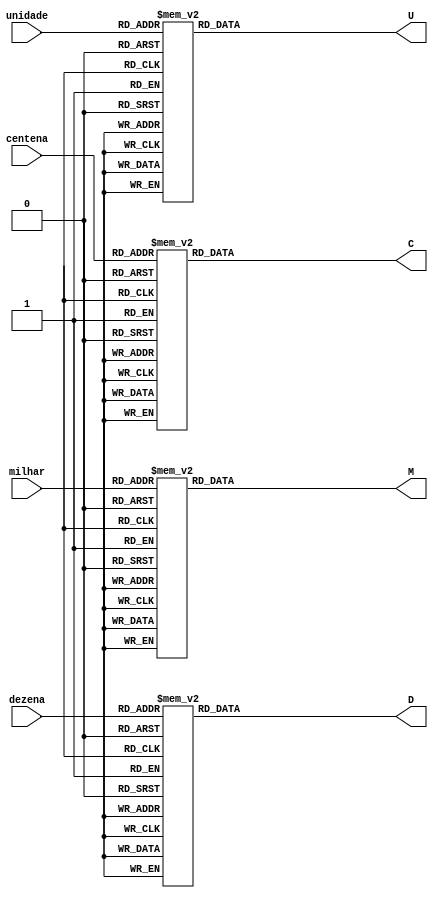
module quatroDisplays(
milhar,
centena,
dezena,
unidade,
M,
C,
D,
U
);

input [3:0] unidade, dezena, centena, milhar;
output reg [6:0] U, D, C, M;

always @ (dezena or unidade or centena or milhar) begin
	case (dezena)
			4'b0000 : D = 7'b0000001;
			4'b0001 : D = 7'b1001111;
			4'b0010 : D = 7'b0010010;
			4'b0011 : D = 7'b0000110;
			4'b0100 : D = 7'b1001100;
			4'b0101 : D = 7'b0100100;
			4'b0110 : D = 7'b0100000;
			4'b0111 : D = 7'b0001111;
			4'b1000 : D = 7'b0000000;
			4'b1001 : D = 7'b0000100;
			default : D = 7'b1111111;
	endcase
	
	case (unidade)
			4'b0000 : U = 7'b0000001;
			4'b0001 : U = 7'b1001111;
			4'b0010 : U = 7'b0010010;
			4'b0011 : U = 7'b0000110;
			4'b0100 : U = 7'b1001100;
			4'b0101 : U = 7'b0100100;
			4'b0110 : U = 7'b0100000;
			4'b0111 : U = 7'b0001111;
			4'b1000 : U = 7'b0000000;
			4'b1001 : U = 7'b0000100;
			default : U = 7'b1111111;
	endcase
	
	case (centena)
			4'b0000 : C = 7'b0000001;
			4'b0001 : C = 7'b1001111;
			4'b0010 : C = 7'b0010010;
			4'b0011 : C = 7'b0000110;
			4'b0100 : C = 7'b1001100;
			4'b0101 : C = 7'b0100100;
			4'b0110 : C = 7'b0100000;
			4'b0111 : C = 7'b0001111;
			4'b1000 : C = 7'b0000000;
			4'b1001 : C = 7'b0000100;
			default : C = 7'b1111111;
	endcase
	
	case (milhar)
			4'b0000 : M = 7'b0000001;
			4'b0001 : M = 7'b1001111;
			4'b0010 : M = 7'b0010010;
			4'b0011 : M = 7'b0000110;
			4'b0100 : M = 7'b1001100;
			4'b0101 : M = 7'b0100100;
			4'b0110 : M = 7'b0100000;
			4'b0111 : M = 7'b0001111;
			4'b1000 : M = 7'b0000000;
			4'b1001 : M = 7'b0000100;
			default : M = 7'b1111111;
	endcase
end



endmodule